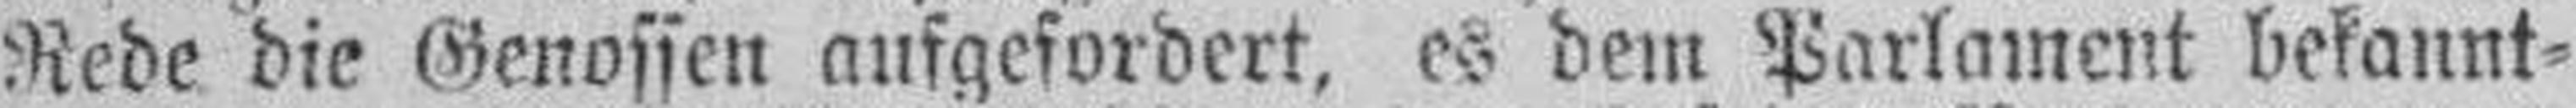
Rede die Genossen aufgefordert, es dein Parlament bekannt¬